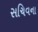
સચિવના